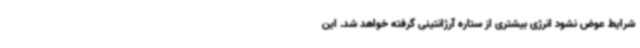
شرایط عوض نشود انرژی بیشتری از ستاره آرژانتینی گرفته خواهد شد. این